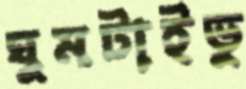
ঘুমটাইভু